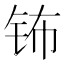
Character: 钸